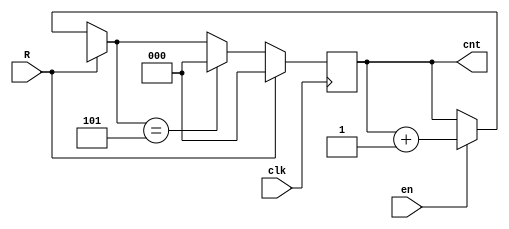
module Counter(cnt, R, clk, en);
  output reg [2:0] cnt;
  input R,clk,en;
  always @(posedge clk)
  begin
    if(R)
      cnt = 'b0;
    else begin
      if(en == 1)
        cnt = cnt + 1;
      if(cnt == 3'b101)
        cnt = 'b0;
    end
  end  
endmodule